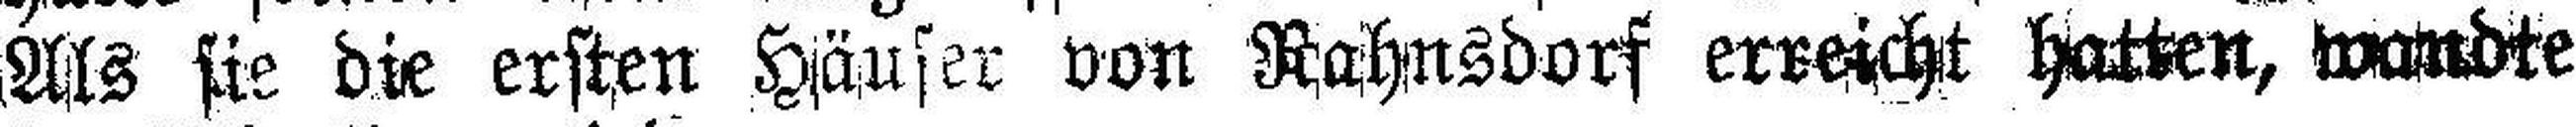
Als sie die ersten Häuser von Rahnsdorf erreicht hatten, wandte